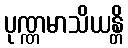
ပုဏ္ဏမာသိယန္တိ